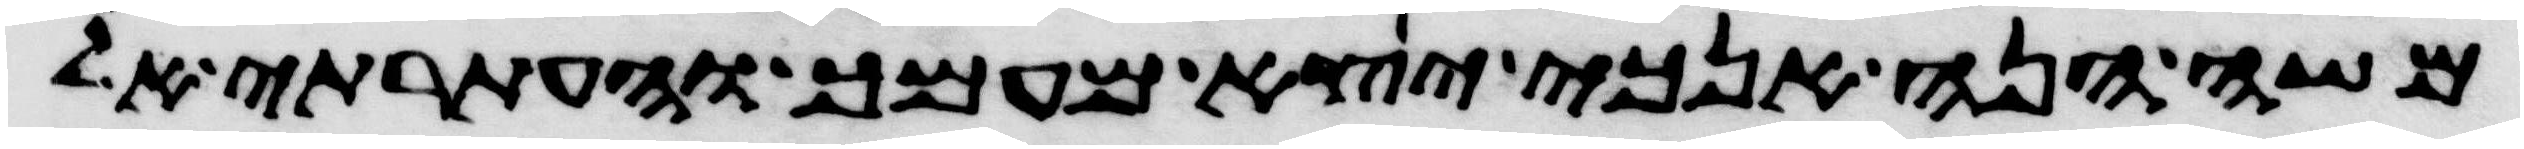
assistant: משה הנה אנכי יצא מעמך והעתרתי אל